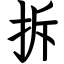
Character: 拆